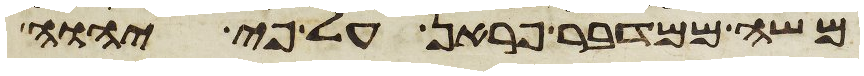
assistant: משה ממדבר פראן על פי יהוה